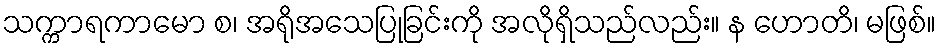
သက္ကာရကာမော စ၊ အရိုအသေပြုခြင်းကို အလိုရှိသည်လည်း။ န ဟောတိ၊ မဖြစ်။